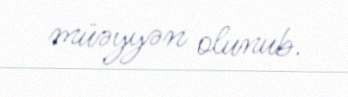
müəyyən olunub.